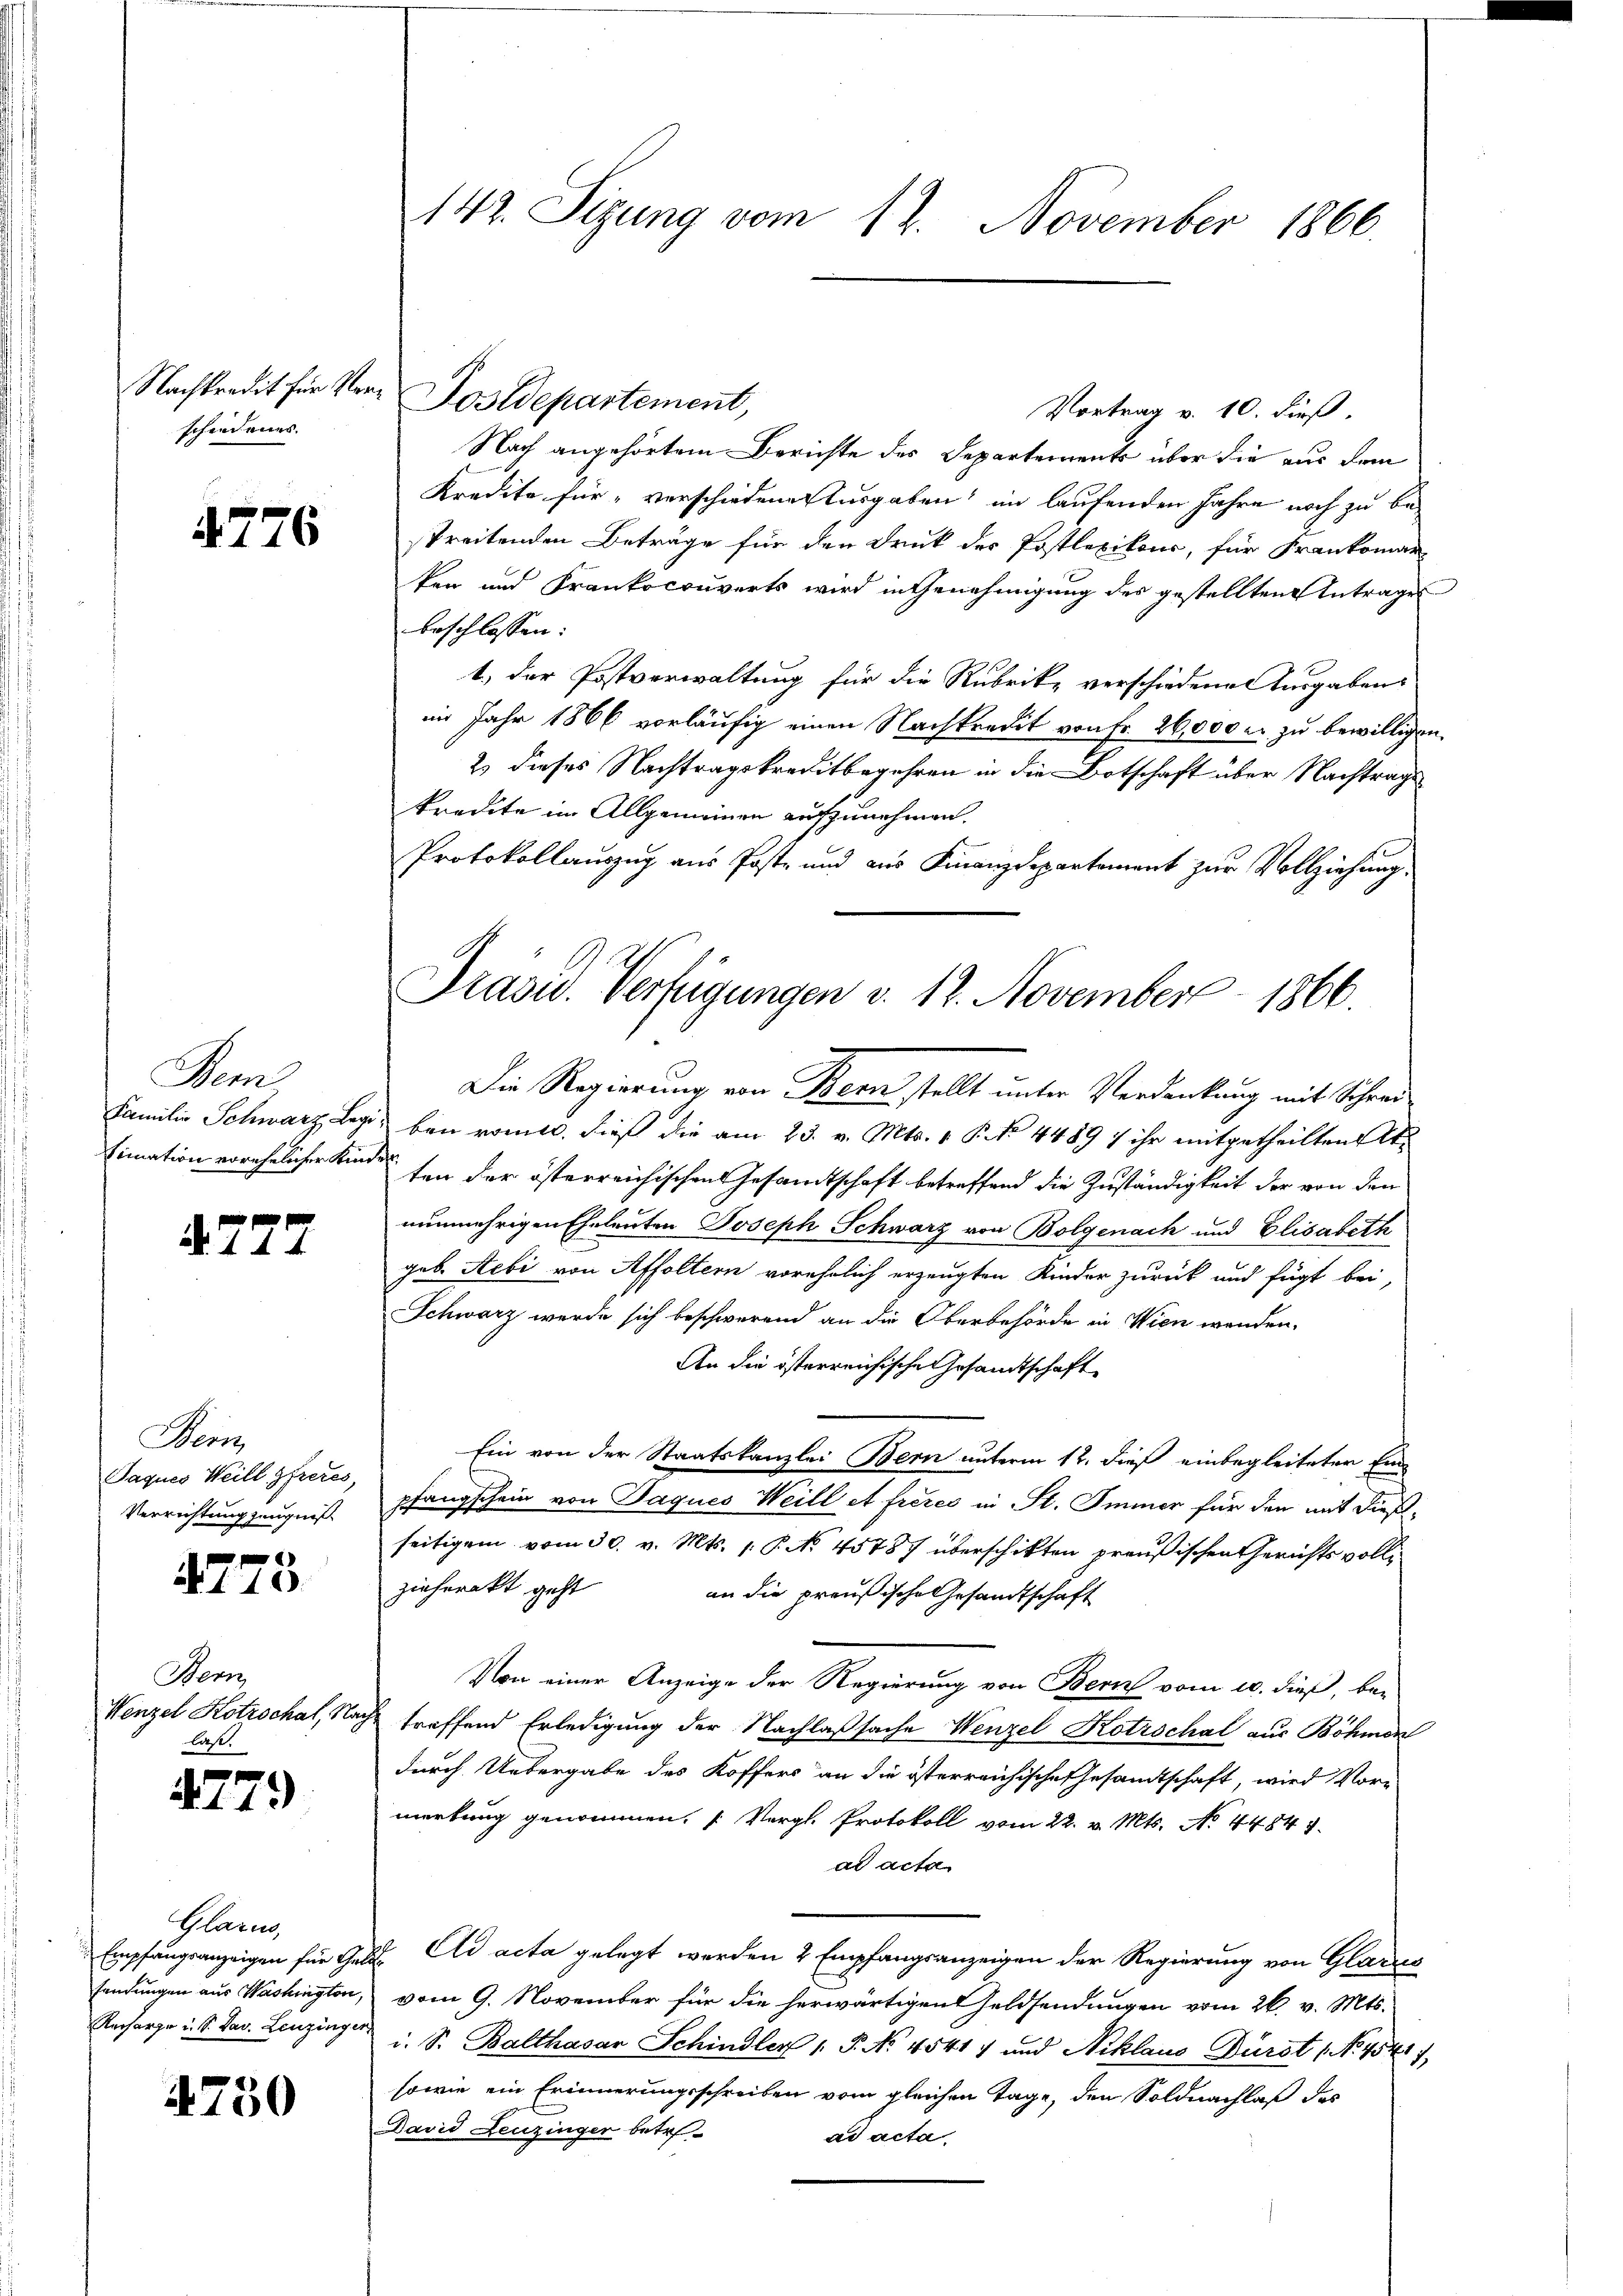
schiedenes.

776

Bern
Familie Schwarz Leg

A.777

Wenz
Paques Weill Gfreres,
Verrichtung zeugniß

4775.

Bern
Wenzel Kotrschat, S.
las.

4779

Glarus,
Empfangsanzeigen für Gesendungen aus Washington,
Recharge u. S. Sav. Leuzinger

4750

142. Sizung vom 12. November 1866.

Vortrag v. 10. dieß.
Nach angehörtem Berichte des Departements über die aus dem
Kredite für „verschiedene Ausgaben im laufenden Jahre noch zu bestreitenden Beträge für den Druck des Postlexikon, für Frankomar-
ken und Frankocouverts wird in Genehmigung des gestellten Antrages
beschlossen:
1.) der Postverwaltung für die Rubrike verschiedene Ausgabens
im Jahr 1866 vorläufig einen Nachkredit von Fr. 26,000 u. zu bewilligen
2) dieses Nachtragskreditbegehren in die Botschaft über Nachtrage
kredite im Allgemeinen aufzunehmen.
Protokollauszug aus Post- und aus Finanzdepartement zur Vollziehung.
Die Regierung von Bern stellt unter Verdankung mit Schrei
uben rom. dieß die am 23. v. Mts. 1 P. No 44897 ihr mitgetheilten Atfimation vorehelicher Kinde den der österreichischen Gesandtschaft betreffend die Zuständigkeit der von den
nunmehrigen Eheleuten Joseph Schwarz von Bolgenach und Elisabeth
geb. Aebi von Affoltern vorehelich erzeugten Kinder zurück und fügt bei,
Schwarz werde sich beschwerend an die Oberbehörde in Wien wenden.
An die österreichische Gesandtschaft
Ein von der Staatskanzlei Bern unterm 12. dieß einbegleiteter Ein-
pfangschein von Jaques Weill et freies in St. Immer für den mit dieß
seitigem vom 30. v. Mts. /: P. No. 45787 überschikten preußischen Gerichts volli
zieharakt geht
an die preußische Gesandtschaft
Von einer Anzeige der Regierung von Bern vom 10. dieß, betreffend Erledigung der Nachlaßsache Wenzel Kotrschal aus Böhmen
durch Uebergabe des Koffers an die österreichische Gesandtschaft, wird Vor-
merkung genommen. (Vergl. Protokoll vom 22. v. Mts. No. 44847.
ad acta
V. Ad acta gelegt werden 2 Empfangsanzeigen der Regierung von Glarus
vom 9. November für die herwärtigen Geldsendungen vom 26. v. Mts.
i. S. Balthasar Schindler 1 P. No. 4541) und Niklaus Dürst No. 4541)
sowie ein Erinnerungsschreiben vom gleichen Tage, den Soldnachlaß des
David Deuzinger betr
ad acta

Nachtradit für Herr Postdepartement,

Präsid. Verfügungen v. 12. November 1866.